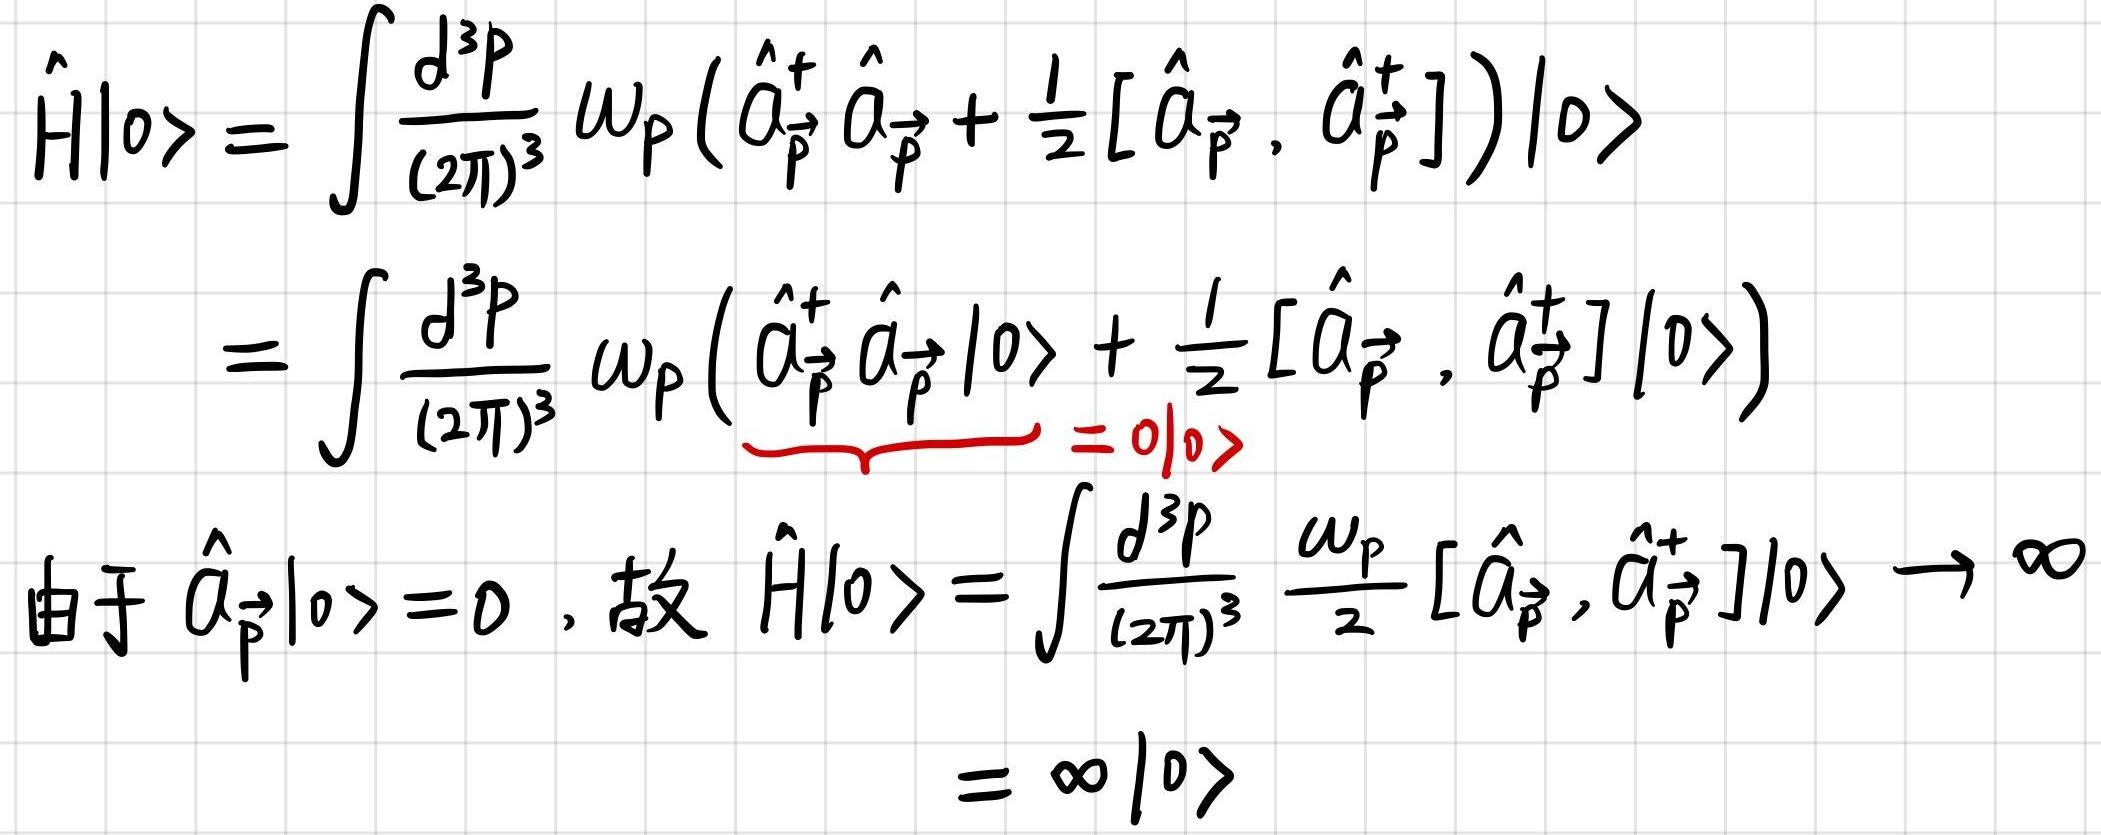
\[
\begin{align*}
\hat{H}|0\rangle&=\int\frac{d^{3}p}{(2\pi)^{3}}\omega_{\vec{p}}(\hat{a}_{\vec{p}}^{+}\hat{a}_{\vec{p}}+\frac{1}{2}[\hat{a}_{\vec{p}},\hat{a}_{\vec{p}}^{+}])|0\rangle\\
&=\int\frac{d^{3}p}{(2\pi)^{3}}\omega_{\vec{p}}(\underbrace{\hat{a}_{\vec{p}}^{+}\hat{a}_{\vec{p}}|0\rangle}_{=0|0\rangle}+\frac{1}{2}[\hat{a}_{\vec{p}},\hat{a}_{\vec{p}}^{+}]|0\rangle)\\
\end{align*}
\]
由于 $\hat{a}_{\vec{p}}|0\rangle = 0$，故
\[
\begin{align*}
\hat{H}|0\rangle&=\int\frac{d^{3}p}{(2\pi)^{3}}\frac{\omega_{\vec{p}}}{2}[\hat{a}_{\vec{p}},\hat{a}_{\vec{p}}^{+}]|0\rangle\to\infty\\
&=\infty|0\rangle
\end{align*}
\]